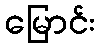
မြောင်း